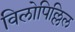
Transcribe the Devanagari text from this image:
विलोपिल्लिल